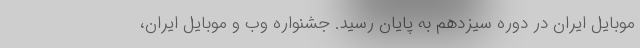
موبایل ایران در دوره سیزدهم به پایان رسید. جشنواره وب و موبایل ایران،